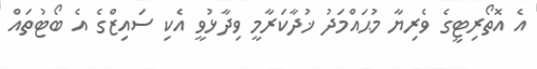
އެ އޮތޯރިޓީގެ ވެރިޔާ މުޙައްމަދު ޚުދާކަރާމީ ވިދާޅުވީ އެކި ސައިޒްގެ އެ ބޯޓުތައް